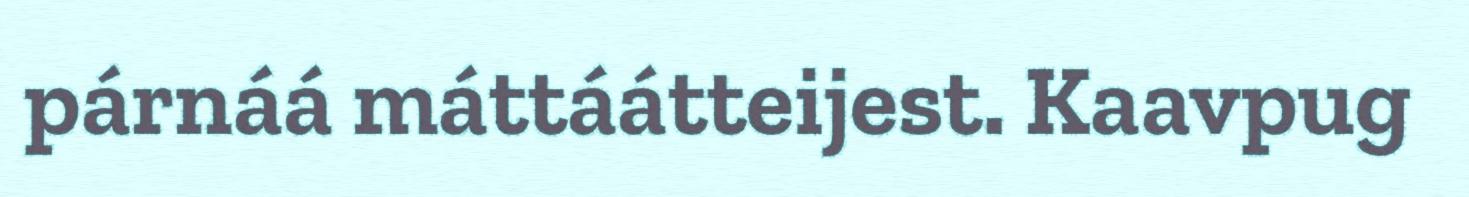
párnáá máttáátteijest. Kaavpug